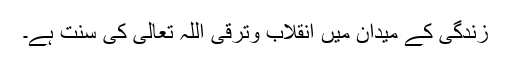
زندگی کے میدان میں انقلاب وترقی اللہ تعالی کی سنت ہے۔